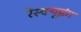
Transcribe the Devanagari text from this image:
रेस्‍क्‍यूइंग